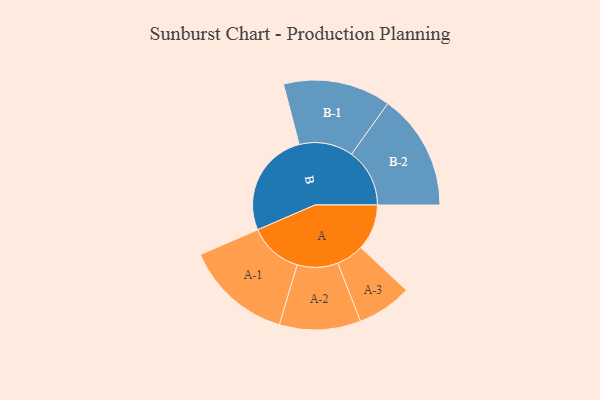
{"axis": {"x": "Segment", "y": "Value"}, "legend": ["", "A", "B"], "data": [{"x": "A", "y": 181, "type": ""}, {"x": "B", "y": 416, "type": ""}, {"x": "A-1", "y": 211, "type": "A"}, {"x": "A-2", "y": 160, "type": "A"}, {"x": "A-3", "y": 108, "type": "A"}, {"x": "B-1", "y": 212, "type": "B"}, {"x": "B-2", "y": 229, "type": "B"}]}